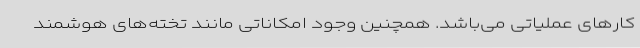
کارهای عملیاتی می‌باشد. همچنین وجود امکاناتی مانند تخته‌های هوشمند